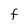
Character: F